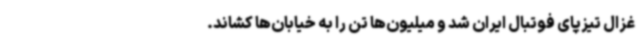
غزال تیزپای فوتبال ایران شد و میلیون‌ها تن را به خیابان‌ها کشاند.